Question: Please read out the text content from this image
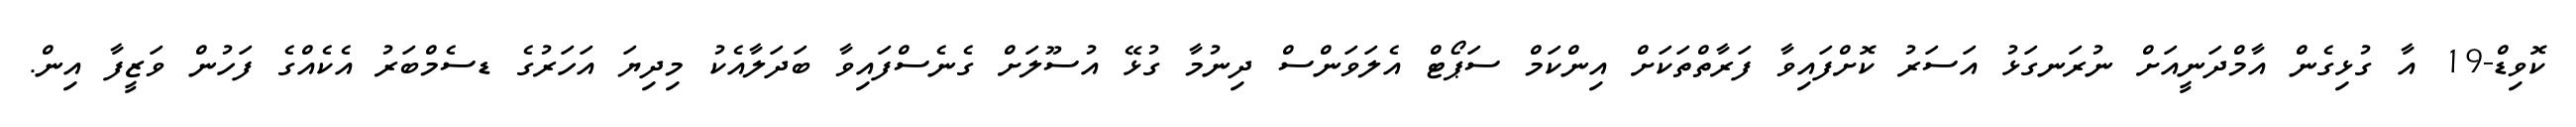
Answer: ކޮވިޑް-19 އާ ގުޅިގެން އާމްދަނީއަށް ނުރަނގަޅު އަސަރު ކޮށްފައިވާ ފަރާތްތަކަށް އިންކަމް ސަޕޯޓް އެލަވަންސް ދިނުމާ ގުޅޭ އުސޫލަށް ގެނެސްފައިވާ ބަދަލާއެކު މިދިޔަ އަހަރުގެ ޑސެމްބަރު އެކެއްގެ ފަހުން ވަޒީފާ އިން.